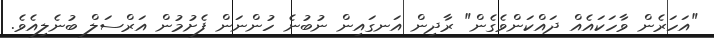
"އަހަރެން ވާހަކައެއް ދައްކަންވެގެން" ރާދިން އަނގައިން ނުބުނެ ހުންނަން ފެށުމުން އަރްސަލް ބުނެލިއެވެ.